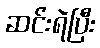
ဆင်းရဲပြီး